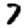
Digit: 7